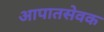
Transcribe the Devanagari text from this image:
आपातसेवक